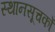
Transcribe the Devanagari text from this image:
स्थानसूचकों